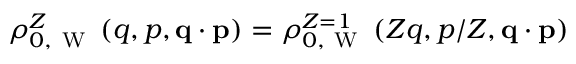
\rho _ { 0 , \mathrm { ~ W ~ } } ^ { Z } \left( q , p , \ensuremath { \mathbf { q } } \cdot \ensuremath { \mathbf { p } } \right) = \rho _ { 0 , \mathrm { ~ W ~ } } ^ { Z = 1 } \left( Z q , p / Z , \ensuremath { \mathbf { q } } \cdot \ensuremath { \mathbf { p } } \right)